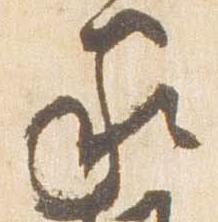
家